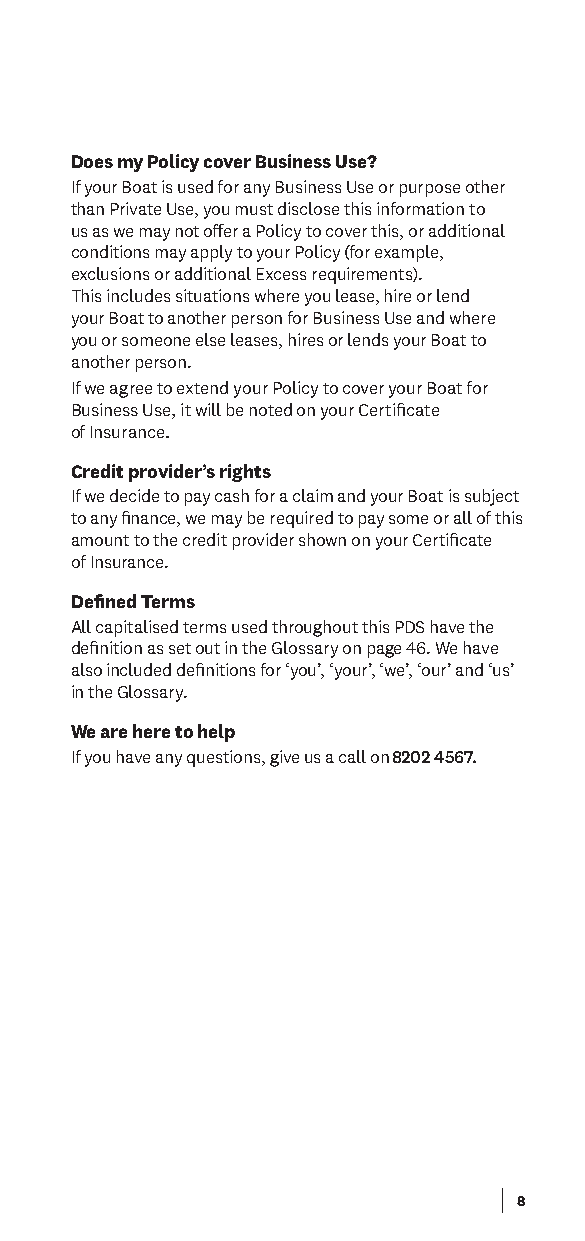
Does my Policy cover Business Use?
 If your Boat is used for any Business Use or purpose other
 than Private Use, you must disclose this information to
 us as we may not ofer a Policy to cover this, or additional
 conditions may apply to your Policy (for example,
 exclusions or additional Excess requirements).
 This includes situations where you lease, hire or lend
 your Boat to another person for Business Use and where
 you or someone else leases, hires or lends your Boat to
 another person.
 If we agree to extend your Policy to cover your Boat for
 Business Use, it will be noted on your Certifcate
 of Insurance.
 Credit provider’s rights
 If we decide to pay cash for a claim and your Boat is subject
 to any fnance, we may be required to pay some or all of this
 amount to the credit provider shown on your Certifcate
 of Insurance.
 Defned Terms
 All capitalised terms used throughout this PDS have the
 defnition as set out in the Glossary on page 46. We have
 also included defnitions for ‘you’, ‘your’, ‘we’, ‘our’ and ‘us’
 in the Glossary.
 We are here to help
 If you have any questions, give us a call on 8202 4567.
 8